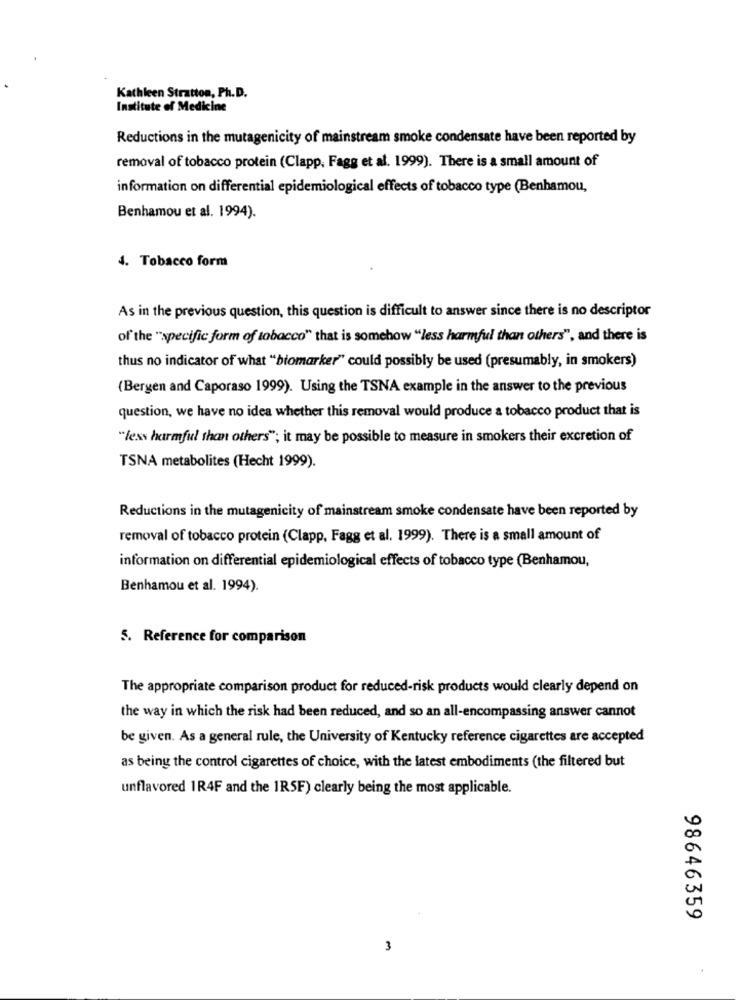
Kathleen Stratton, Ph.D.
Institute of Medicine
Reductions in the mutagenicity of mainstream smoke condensate have been reported by
removal of tobacco protein (Clapp, Fagg et al. 1999). There is a small amount of
information on differential epidemiological effects of tobacco type (Benhamou,
Benhamou et al. 1994).
4. Tobacco form
As in the previous question, this question is difficult to answer since there is no descriptor
of the "specific form of tobacco" that is somehow "less harmful than others", and there is
thus no indicator of what "biomarker" could possibly be used (presumably, in smokers)
(Bergen and Caporaso 1999). Using the TSNA example in the answer to the previous
question, we have no idea whether this removal would produce a tobacco product that is
"less harmful than others"; it may be possible to measure in smokers their excretion of
TSNA metabolites (Hecht 1999).
Reductions in the mutagenicity of mainstream smoke condensate have been reported by
removal of tobacco protein (Clapp, Fagg et al. 1999). There is a small amount of
information on differential epidemiological effects of tobacco type (Benhamou,
Benhamou et al. 1994).
5. Reference for comparison
The appropriate comparison product for reduced-risk products would clearly depend on
the way in which the risk had been reduced, and so an all-encompassing answer cannot
be given. As a general rule, the University of Kentucky reference cigarettes are accepted
as being the control cigarettes of choice, with the latest embodiments (the filtered but
unflavored 1R4F and the 1R5F) clearly being the most applicable.
98646359
3